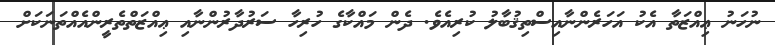
ނުހަނު ޢިއްޒަތާ އެކު އަހަރެންނާއިސްތިޤުބާލު ކުރިއެވެ. ދެން މައްކާގެ ހުރިހާ ސަރުދާރުންނާއި ޢިއްޒަތްތެރީންއެއްތަނަކަށް